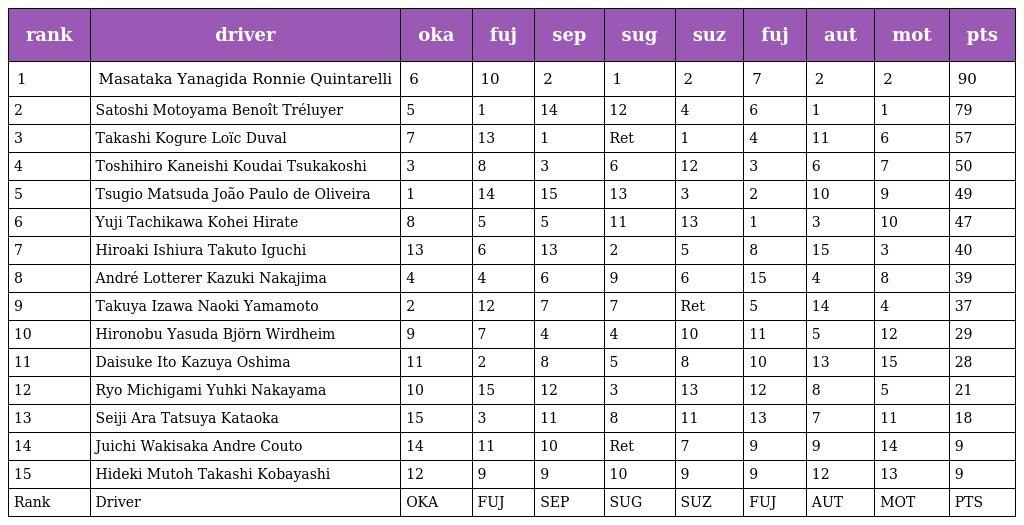
| rank | driver | oka | fuj | sep | sug | suz | fuj | aut | mot | pts |
 | --- | --- | --- | --- | --- | --- | --- | --- | --- | --- | --- |
 | 1 | Masataka Yanagida Ronnie Quintarelli | 6 | 10 | 2 | 1 | 2 | 7 | 2 | 2 | 90 |
 | 2 | Satoshi Motoyama Benoît Tréluyer | 5 | 1 | 14 | 12 | 4 | 6 | 1 | 1 | 79 |
 | 3 | Takashi Kogure Loïc Duval | 7 | 13 | 1 | Ret | 1 | 4 | 11 | 6 | 57 |
 | 4 | Toshihiro Kaneishi Koudai Tsukakoshi | 3 | 8 | 3 | 6 | 12 | 3 | 6 | 7 | 50 |
 | 5 | Tsugio Matsuda João Paulo de Oliveira | 1 | 14 | 15 | 13 | 3 | 2 | 10 | 9 | 49 |
 | 6 | Yuji Tachikawa Kohei Hirate | 8 | 5 | 5 | 11 | 13 | 1 | 3 | 10 | 47 |
 | 7 | Hiroaki Ishiura Takuto Iguchi | 13 | 6 | 13 | 2 | 5 | 8 | 15 | 3 | 40 |
 | 8 | André Lotterer Kazuki Nakajima | 4 | 4 | 6 | 9 | 6 | 15 | 4 | 8 | 39 |
 | 9 | Takuya Izawa Naoki Yamamoto | 2 | 12 | 7 | 7 | Ret | 5 | 14 | 4 | 37 |
 | 10 | Hironobu Yasuda Björn Wirdheim | 9 | 7 | 4 | 4 | 10 | 11 | 5 | 12 | 29 |
 | 11 | Daisuke Ito Kazuya Oshima | 11 | 2 | 8 | 5 | 8 | 10 | 13 | 15 | 28 |
 | 12 | Ryo Michigami Yuhki Nakayama | 10 | 15 | 12 | 3 | 13 | 12 | 8 | 5 | 21 |
 | 13 | Seiji Ara Tatsuya Kataoka | 15 | 3 | 11 | 8 | 11 | 13 | 7 | 11 | 18 |
 | 14 | Juichi Wakisaka Andre Couto | 14 | 11 | 10 | Ret | 7 | 9 | 9 | 14 | 9 |
 | 15 | Hideki Mutoh Takashi Kobayashi | 12 | 9 | 9 | 10 | 9 | 9 | 12 | 13 | 9 |
 | Rank | Driver | OKA | FUJ | SEP | SUG | SUZ | FUJ | AUT | MOT | PTS |